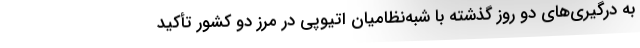
به درگیری‌های دو روز گذشته با شبه‌نظامیان اتیوپی در مرز دو کشور تأکید